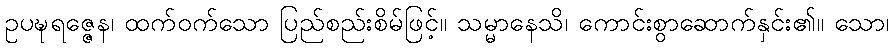
ဥပဍ္ဎရဇ္ဇေန၊ ထက်ဝက်သော ပြည်စည်းစိမ်ဖြင့်။ သမ္မာနေသိ၊ ကောင်းစွာဆောက်နှင်း၏။ သော၊